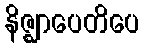
နိဇ္ဈာပေတိပေ